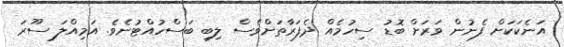
އަނެކަކަށް ފެނުން ވަރަށް ބޮޑު ސިހުމެއް ދެފަރާތަށްވެސް ލިބި ބަސްހުއްޓުނެވެ. އަމިއްލަ ސޫރަ